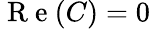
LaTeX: \mathrm{~R~e~}(C)=0